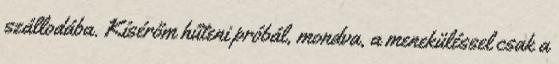
szállodába. Kísérőm hűteni próbál, mondva, a meneküléssel csak a